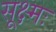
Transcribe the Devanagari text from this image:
सूक्ष्मः